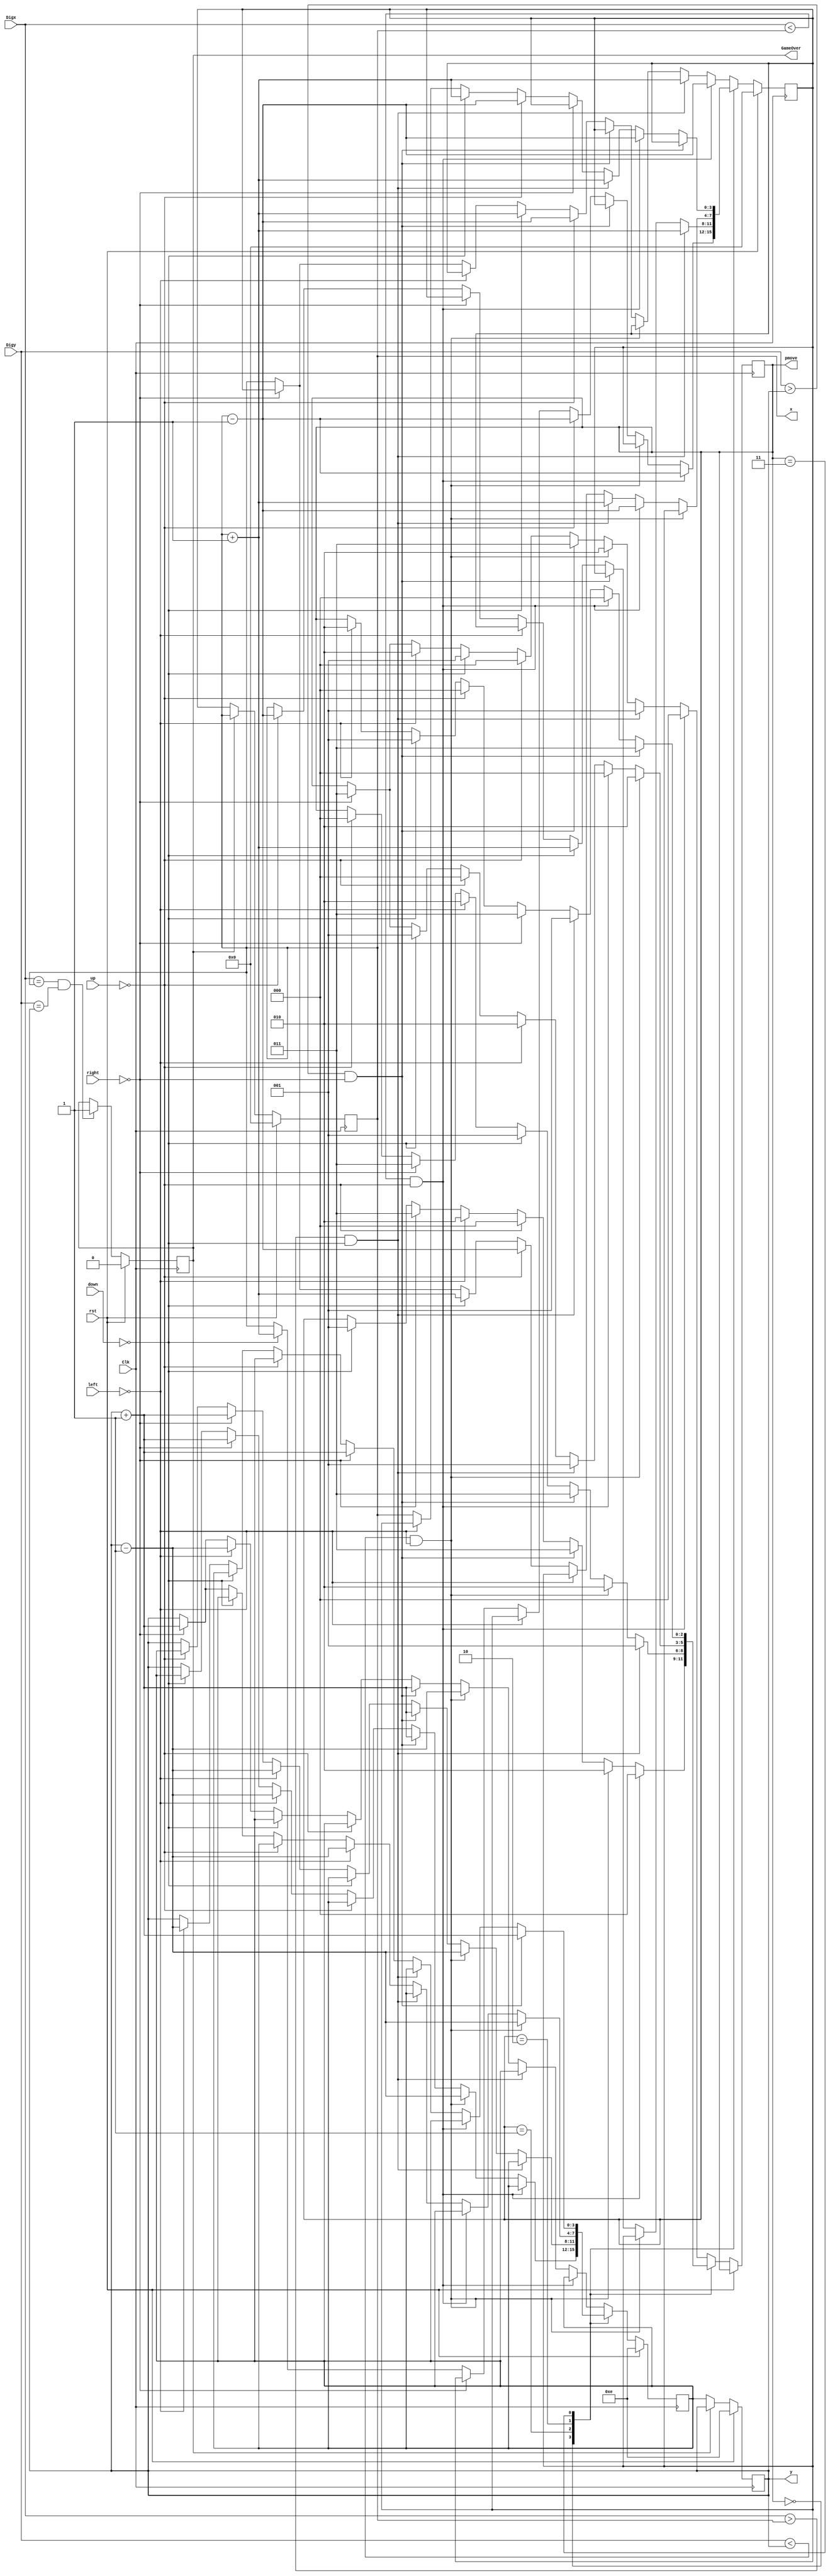
`timescale 1ns / 1ps
//////////////////////////////////////////////////////////////////////////////////
// Company: 
// Engineer: 
// 
// Design Name: 
// Module Name:    gobblin 
// Project Name: 
// Target Devices: 
// Tool versions: 
// Description: 
//
// Dependencies: 
//
// Revision: 
// Revision 0.01 - File Created
// Additional Comments: 
//
//////////////////////////////////////////////////////////////////////////////////
module gobblin(Clk,rst, Digx, Digy, GameOver,x,y, pmove,up,down,left,right
    );
	 input Clk,rst;
	 input [3:0] Digx,Digy;
	 input [2:0] up,down,left,right;
	 output reg [3:0] x,y;	//location
	 output reg GameOver;
	 output reg [2:0] pmove;
	 reg [3:0] xtar,ytar;
	 

	 initial x=4'd0;
	 initial y=4'd14;
	 initial xtar=4'd0;
	 initial ytar=4'd14;
	 initial GameOver=1'b0;
	 
	 always @(posedge Clk) begin			//Gameover condition, same spot
		if (rst)	GameOver<=1'b0;
		else if ((Digx==x)&&(Digy==y)) GameOver<=1'b1;
	 end 
	
//moving logic
	 always @(posedge Clk) begin 
		if (rst) begin
	  		xtar<=4'd0;
			ytar<=4'd14;
		end else 
//	  if (GameOver==0)
	  case (pmove)
		// first consider 3 direction to reduce distance, prefer previous direction
		3'b000: if ((Digx<x)&&(up==0)) begin xtar<=x-1; pmove<=3'b000; end
			else if ((Digy<y)&&(left==0)) begin ytar<=y-1;pmove<=3'b010; end
			else if ((Digy>y)&&(right==0)) begin ytar<=y+1;pmove<=3'b011; end
			//else if ((Digx>x)&&(down==0)) begin xtar<=x+1; pmove<=3'b001; end
			//no path towards digger, find any available path
			else if (up==0) begin xtar<=x-1;pmove<=3'b000; end
			else if (left==0) begin ytar<=y-1;pmove<=3'b010; end
			else if (right==0) begin ytar<=y+1;pmove<=3'b011; end
			else if (down==0) begin xtar<=x+1; pmove<=3'b001; end  //turn back least wanted
			else begin xtar<=x;			//initial condition
						ytar<=y;
			end
		3'b001: if ((Digx>x)&&(down==0)) begin xtar<=x+1; pmove<=3'b001; end
			else if ((Digy<y)&&(left==0)) begin ytar<=y-1;pmove<=3'b010; end
			else if ((Digy>y)&&(right==0)) begin ytar<=y+1;pmove<=3'b011; end
//			else if ((Digx<x)&&(up==0)) begin xtar<=x-1;pmove<=3'b000; end
			//no path towards digger, find any available path
			else if (down==0) begin xtar<=x+1; pmove<=3'b001; end
			else if (left==0) begin ytar<=y-1;pmove<=3'b010; end
			else if (right==0) begin ytar<=y+1;pmove<=3'b011; end
			else if (up==0) begin xtar<=x-1;pmove<=3'b000; end
			else begin xtar<=x;			//initial condition
						ytar<=y;
			end
		3'b010: if ((Digy<y)&&(left==0)) begin ytar<=y-1; pmove<=3'b010; end
			else if ((Digx<x)&&(up==0)) begin xtar<=x-1;pmove<=3'b000; end
			else if ((Digx>x)&&(down==0)) begin xtar<=x+1; pmove<=3'b001; end
//			else if ((Digy>y)&&(right==0)) begin ytar<=y+1;pmove<=3'b011; end
			//no path towards digger, find any available path
			else if (left==0) begin ytar<=y-1;pmove<=3'b010; end
			else if (up==0) begin xtar<=x-1;pmove<=3'b000; end
			else if (down==0) begin xtar<=x+1; pmove<=3'b001; end
			else if (right==0) begin ytar<=y+1;pmove<=3'b011; end
			else begin xtar<=x;			//initial condition
						ytar<=y;
			end
		3'b011: if ((Digy>y)&&(right==0)) begin ytar<=y+1; pmove<=3'b011; end
				else 	if ((Digx<x)&&(up==0)) begin xtar<=x-1;pmove<=3'b000; end
			else if ((Digx>x)&&(down==0)) begin xtar<=x+1; pmove<=3'b001; end
//			else if ((Digy<y)&&(left==0)) begin ytar<=y-1;pmove<=3'b010; end
			//no path towards digger, find any available path
			else if (right==0) begin ytar<=y+1;pmove<=3'b011; end
			else if (up==0) begin xtar<=x-1;pmove<=3'b000; end
			else if (down==0) begin xtar<=x+1; pmove<=3'b001; end
			else if (left==0) begin ytar<=y-1;pmove<=3'b010; end
			else begin xtar<=x;			//initial condition
						ytar<=y;
			end
		default: 
			if ((Digx<x)&&(up==0)) begin xtar<=x-1;pmove<=3'b000; end
			else if ((Digx>x)&&(down==0)) begin xtar<=x+1; pmove<=3'b001; end
			else if ((Digy<y)&&(left==0)) begin ytar<=y-1;pmove<=3'b010; end
			else if ((Digy>y)&&(right==0)) begin ytar<=y+1;pmove<=3'b011; end
			//no path towards digger, find any available path
			else if (up==0) begin xtar<=x-1;pmove<=3'b000; end
			else if (down==0) begin xtar<=x+1; pmove<=3'b001; end
			else if (left==0) begin ytar<=y-1;pmove<=3'b010; end
			else if (right==0) begin ytar<=y+1;pmove<=3'b011; end
			else begin xtar<=x;			//initial condition
						  ytar<=y;
			end
	  endcase
	 end
	 
	 always @(negedge Clk) begin
	 	if (rst) begin
			x<=4'd0;
			y<=4'd14;
		end else if (GameOver==0)
		begin
			x<=xtar;
			y<=ytar;
		end
	 end
	 


endmodule